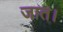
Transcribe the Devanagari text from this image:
जात।